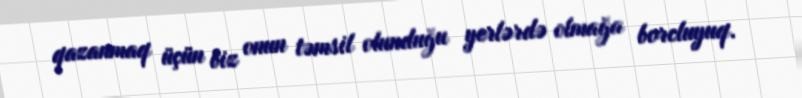
qazanmaq üçün biz onun təmsil olunduğu yerlərdə olmağa borcluyuq.